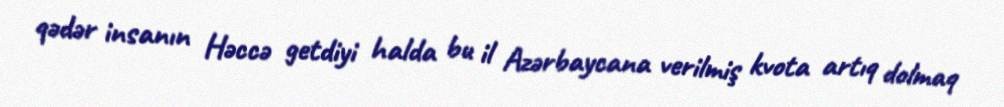
qədər insanın Həccə getdiyi halda bu il Azərbaycana verilmiş kvota artıq dolmaq